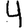
Digit: 4